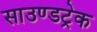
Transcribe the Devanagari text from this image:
साउण्डट्रेक